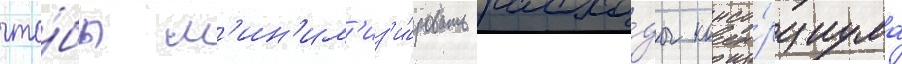
что́бы м'ин'им'из'и́ровать расхо́ды консо́рциума